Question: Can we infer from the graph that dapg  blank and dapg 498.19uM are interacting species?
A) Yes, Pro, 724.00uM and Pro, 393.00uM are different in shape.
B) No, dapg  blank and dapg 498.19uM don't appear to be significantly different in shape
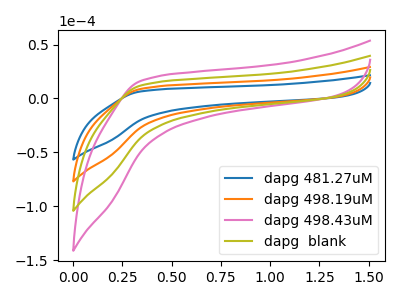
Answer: <think>The blue curve "dapg 481.27uM" has no peaks. The orange curve "dapg 498.19uM" has no peaks. The pink curve "dapg 498.43uM" has no peaks. The olive curve "dapg  blank" has no peaks.
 Neither "dapg  blank" or "dapg 498.19uM" have any peaks.</think>
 <answer>B) No, "dapg  blank" and "dapg 498.19uM" don't appear to be significantly different in shape</answer>
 <eval>B</eval>